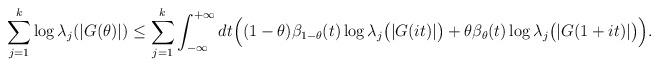
LaTeX: \begin{align*}\sum_{j=1}^k\log\lambda_j(|G(\theta)|) \leq \sum_{j=1}^k\int_{-\infty}^{+\infty}dt\Big((1-\theta)\beta_{1-\theta}(t)\log\lambda_j\big(|G(it)|\big)+\theta\beta_\theta(t)\log\lambda_j\big(|G(1+it)|\big)\Big).\end{align*}